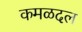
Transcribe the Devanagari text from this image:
कमळदल